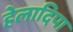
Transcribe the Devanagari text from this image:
हेलादिपा